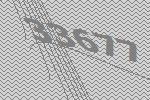
33677